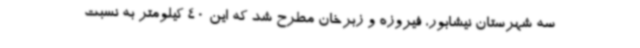
سه شهرستان نیشابور، فیروزه و زبرخان مطرح شد که این 40 کیلومتر به نسبت